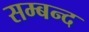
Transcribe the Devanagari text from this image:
सम्बन्द